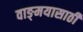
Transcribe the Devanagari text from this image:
वाङ्‌मयासाठी